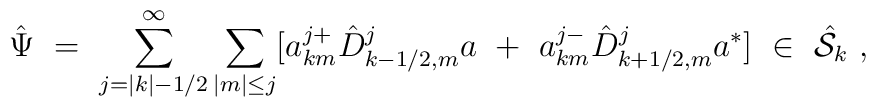
{\hat \Psi}\ =\ \sum_{j=|k|-1/2}^{\infty} \sum_{|m|\le j} [a^{j+}_{km}{\hat D}^j_{k-1/2,m} a\ +\ a^{j-}_{km} {\hat D}^j_{k+1/2,m} a^* ]\ \in \ {\hat{\cal S}}_k \ ,